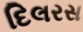
દિલરસ